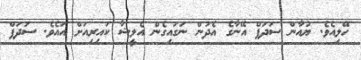
ހޭލިއެވެ. ޔުއާން ސަދަފް އޭނާގެ އެދުން ނަގައިގެން އެލީޝާ ކައިރިއަށް އައެވެ. ސަދަފް